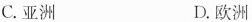
C.亚洲 D.欧洲